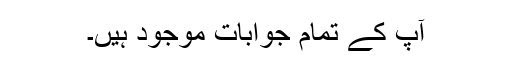
آپ کے تمام جوابات موجود ہیں۔